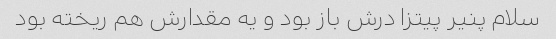
سلام پنیر پیتزا درش باز بود و یه مقدارش هم ریخته بود